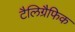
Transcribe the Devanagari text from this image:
टैलिग्रैफिक